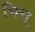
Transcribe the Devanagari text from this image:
चित्त्